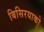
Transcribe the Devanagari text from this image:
बिसिरयाको